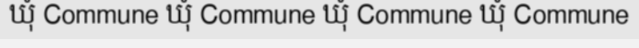
ឃុំ Commune ឃុំ Commune ឃុំ Commune ឃុំ Commune